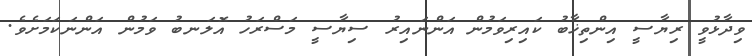
ވިދާޅުވީ ރިޔާސީ އިންތިޚާބު ކައިރިވަމުން އަންނައިރު ސިޔާސީ މަސްރަހު އޮލަނބު ވަމުން އަންނަކަމަށެވެ.